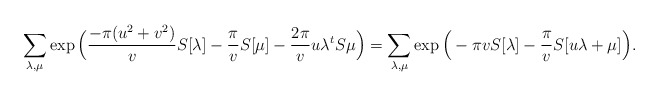
\begin{align*} \sum_{\lambda, \mu} \exp \Big( \frac{- \pi(u^2+v^2)}{v} S[\lambda] - \frac{\pi}{v} S[\mu] -\frac{2 \pi}{v} u\lambda^t S\mu \Big) = \sum_{\lambda, \mu} \exp \Big( - \pi v S[\lambda] - \frac{\pi}{v} S[u \lambda + \mu] \Big). \end{align*}